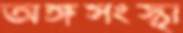
অঙ্গসংস্থা